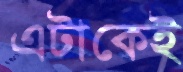
এটাকেই